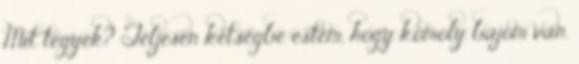
Mit tegyek? Teljesen kétségbe estem, hogy komoly bajom van.